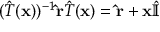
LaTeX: ( { \hat { T } } ( \mathbf { x } ) ) ^ { - 1 } \mathbf { \hat { r } } { \hat { T } } ( \mathbf { x } ) = \mathbf { \hat { r } } + \mathbf { x } { \hat { \mathbb { I } } }